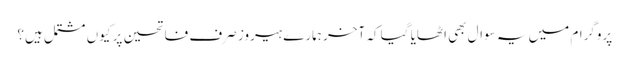
پروگرام میں یہ سوال بھی اٹھایا گیا کہ آخر ہمارے ہیروز صرف فاتحین پر کیوں مشتمل ہیں؟